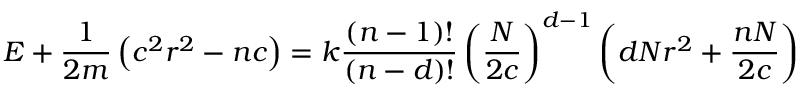
E + \frac { 1 } { 2 m } \left( c ^ { 2 } r ^ { 2 } - n c \right) = k \frac { \left( n - 1 \right) ! } { \left( n - d \right) ! } \left( \frac { N } { 2 c } \right) ^ { d - 1 } \left( d N r ^ { 2 } + \frac { n N } { 2 c } \right)